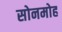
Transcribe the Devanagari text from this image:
सोनमोह